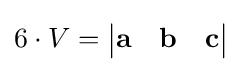
6\cdot V={\begin{vmatrix}\mathbf {a} &\mathbf {b} &\mathbf {c} \end{vmatrix}}